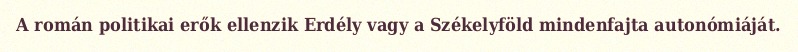
A román politikai erők ellenzik Erdély vagy a Székelyföld mindenfajta autonómiáját.